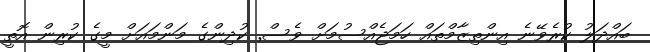
ބައްދަލު ކުރެވޭނެ އިންތިޒާމްތައް ހަމަޖެއްސުމަށް ވެސް